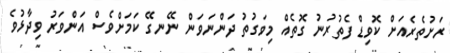
ރަށުތެރެއަށް ކޮވިޑް ފެތުރުނު ގޮތެއް މިވަގުތު ދަންނަވަން ނޭނގޭ ކަމަށްވެސް އަންވަރު ވިދާޅުވެ